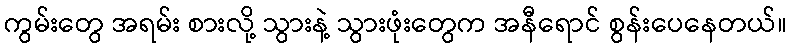
ကွမ်းတွေ အရမ်း စားလို့ သွားနဲ့ သွားဖုံးတွေက အနီရောင် စွန်းပေနေတယ်။